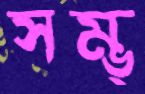
সম্ভ্